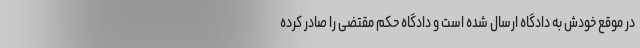
در موقع خودش به دادگاه ارسال شده است و دادگاه حکم مقتضی را صادر کرده